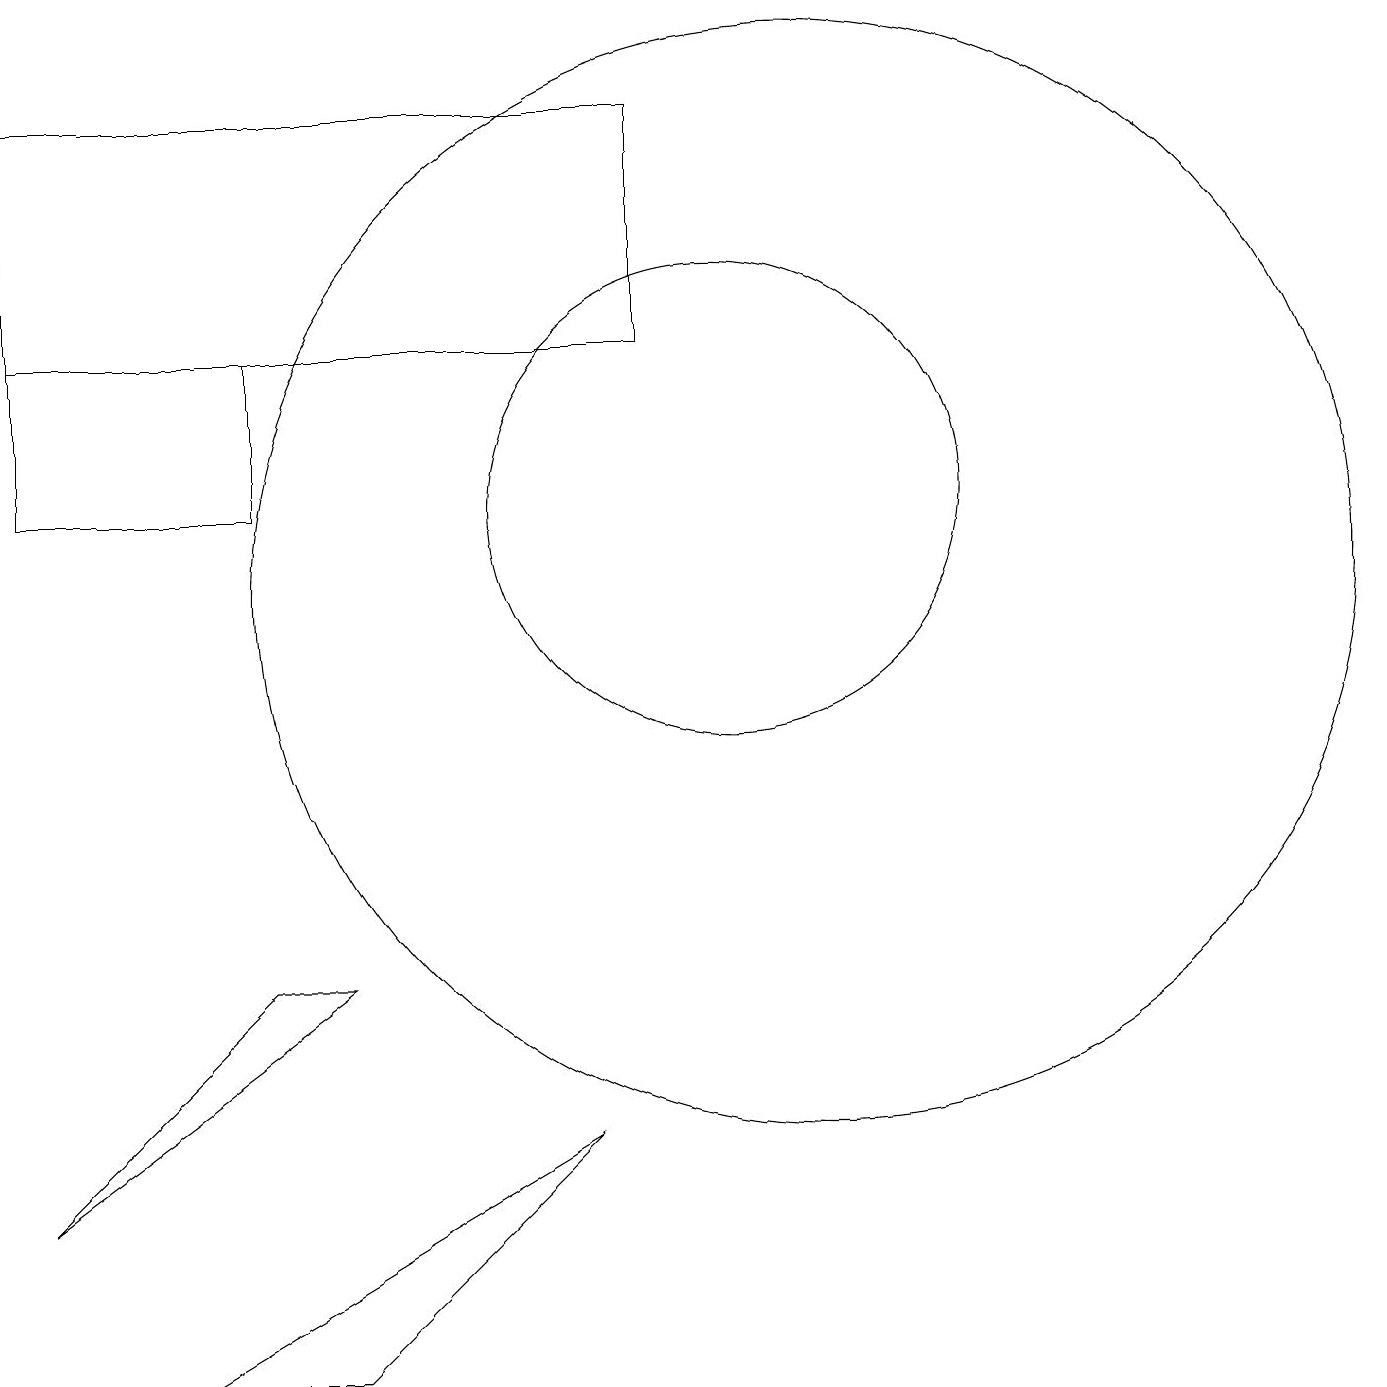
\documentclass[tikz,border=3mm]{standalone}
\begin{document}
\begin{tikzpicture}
\draw (5,6) -- (4,6) -- (1,3) -- cycle;
\draw (12,10) circle (0);
\draw (9,14) rectangle (1,17);
\draw (5,1) -- (3,1) -- (8,4) -- cycle;
\draw (10,12) circle (3);
\draw (11,11) circle (7);
\draw (1,12) rectangle (4,14);
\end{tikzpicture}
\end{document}